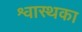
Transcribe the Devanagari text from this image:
श्वास्थका